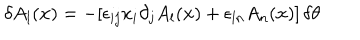
\delta A _ { l } ( { \bf x } ) = - [ \epsilon _ { i j } x _ { i } \partial _ { j } A _ { l } ( { \bf x } ) + \epsilon _ { l n } A _ { n } ( { \bf x } ) ] \, \delta \theta